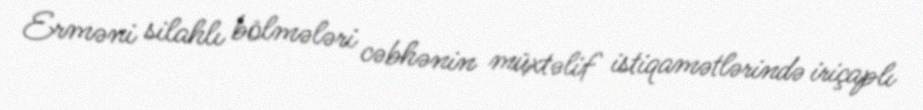
Erməni silahlı bölmələri cəbhənin müxtəlif istiqamətlərində iriçaplı